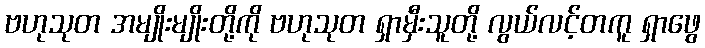
ဗဟုသုတ အမျိုးမျိုးတို့ကို ဗဟုသုတ ရှာမှီးသူတို့ လွယ်လင့်တကူ ရှာဖွေ